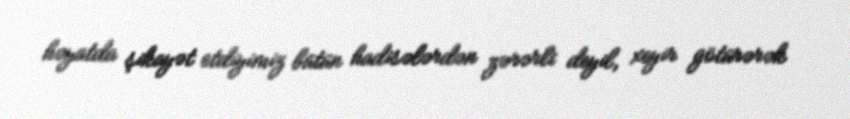
həyatda şikayət etdiyimiz bütün hadisələrdən zərərli deyil, xeyir götürərək